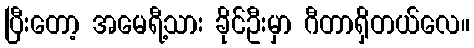
ပြီးတော့ အမေရီ့သား ခိုင်ဦးမှာ ဂီတာရှိတယ်လေ။